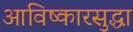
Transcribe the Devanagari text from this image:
आविष्कारसुद्धा